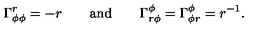
\Gamma _ { \phi \phi } ^ { r } = - r \qquad \mathrm { a n d } \qquad \Gamma _ { r \phi } ^ { \phi } = \Gamma _ { \phi r } ^ { \phi } = r ^ { - 1 } .